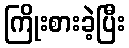
ကြိုးစားခဲ့ပြီး